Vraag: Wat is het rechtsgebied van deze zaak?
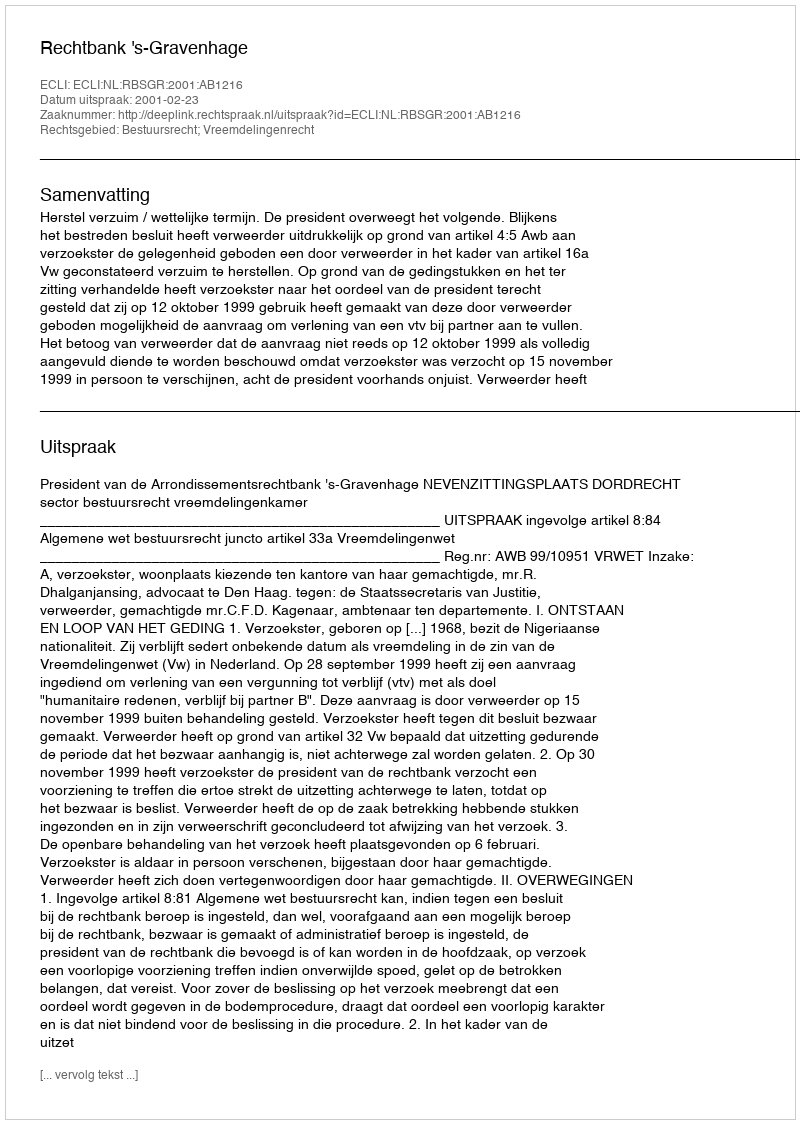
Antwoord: Bestuursrecht; Vreemdelingenrecht